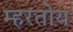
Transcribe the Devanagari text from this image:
म्हरतोय